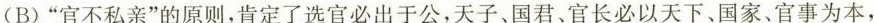
(B)”官不私亲”的原则，肯定了选官必出于公，天子、国君，官长必以天下、国家、官事为本，